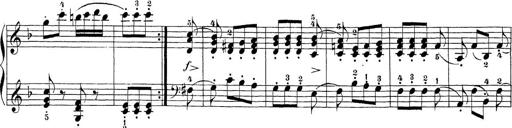
Title: Sonatina Album
Composer: Louis KÃ¶hler